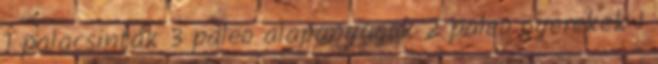
1 palacsinták 3 paleo alapanyagok 2 paleo gyerekek 1